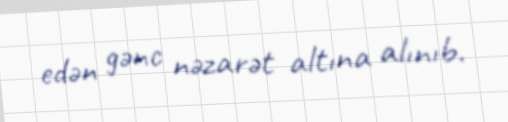
edən gənc nəzarət altına alınıb.